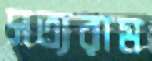
সত্যরাম